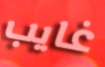
غايب